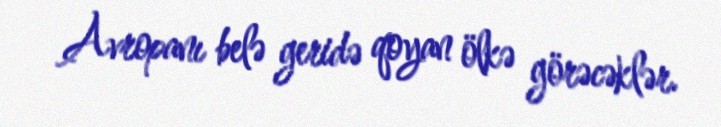
Avropanı belə geridə qoyan ölkə görəcəklər.